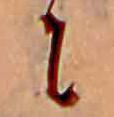
に